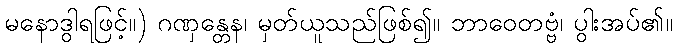
မနောဒွါရဖြင့်။) ဂဏှန္တေန၊ မှတ်ယူသည်ဖြစ်၍။ ဘာဝေတဗ္ဗံ၊ ပွါးအပ်၏။